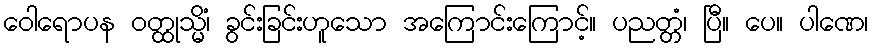
ဝေါရောပန ဝတ္ထုသ္မိံ၊ ခွင်းခြင်းဟူသော အကြောင်းကြောင့်။ ပညတ္တံ၊ ပြီ။ ပေ။ ပါဏေ၊